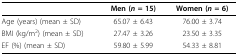
<table><thead><tr><td></td><td><b>Men (<i>n </i>= 15)</b></td><td><b>Women (<i>n </i>= 6)</b></td></tr></thead><tbody><tr><td>Age (years) (mean ± SD)</td><td>65.07 ± 6.43</td><td>76.00 ± 3.74</td></tr><tr><td>BMI (kg/m<sup>2</sup>) (mean ± SD)</td><td>27.47 ± 3.26</td><td>23.50 ± 3.35</td></tr><tr><td>EF (%) (mean ± SD)</td><td>59.80 ± 5.99</td><td>54.33 ± 8.81</td></tr></tbody></table>